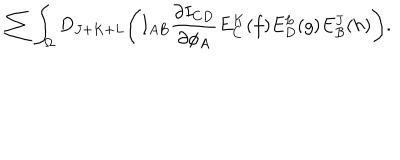
LaTeX: \sum \int _ { \Omega } D _ { J + K + L } \Biggl ( I _ { A B } { \frac { \partial I _ { C D } } { \partial \phi _ { A } } } E _ { C } ^ { K } ( f ) E _ { D } ^ { L } ( g ) E _ { B } ^ { J } ( h ) \Biggr ) .